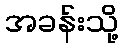
အခန်းသို့